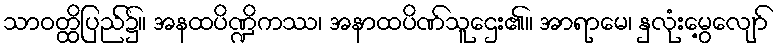
သာဝတ္ထိပြည်၌။ အနထပိဏ္ဍိကဿ၊ အနာထပိဏ်သူဌေး၏။ အာရာမေ၊ နှလုံးမွေ့လျော်